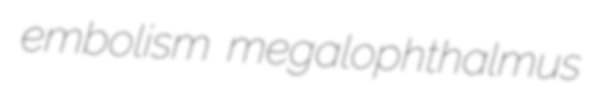
embolism megalophthalmus